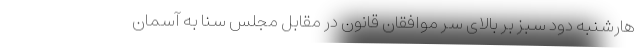
هارشنبه دود سبز بر بالای سر موافقان قانون در مقابل مجلس سنا به آسمان